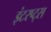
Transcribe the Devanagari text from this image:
इंटरप्ट्स